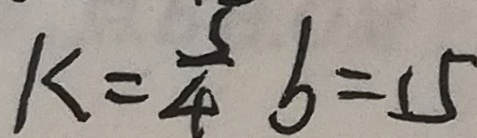
k = \frac { 3 } { 4 } b = 1 5